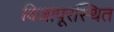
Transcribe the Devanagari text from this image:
विजापूरस्थित